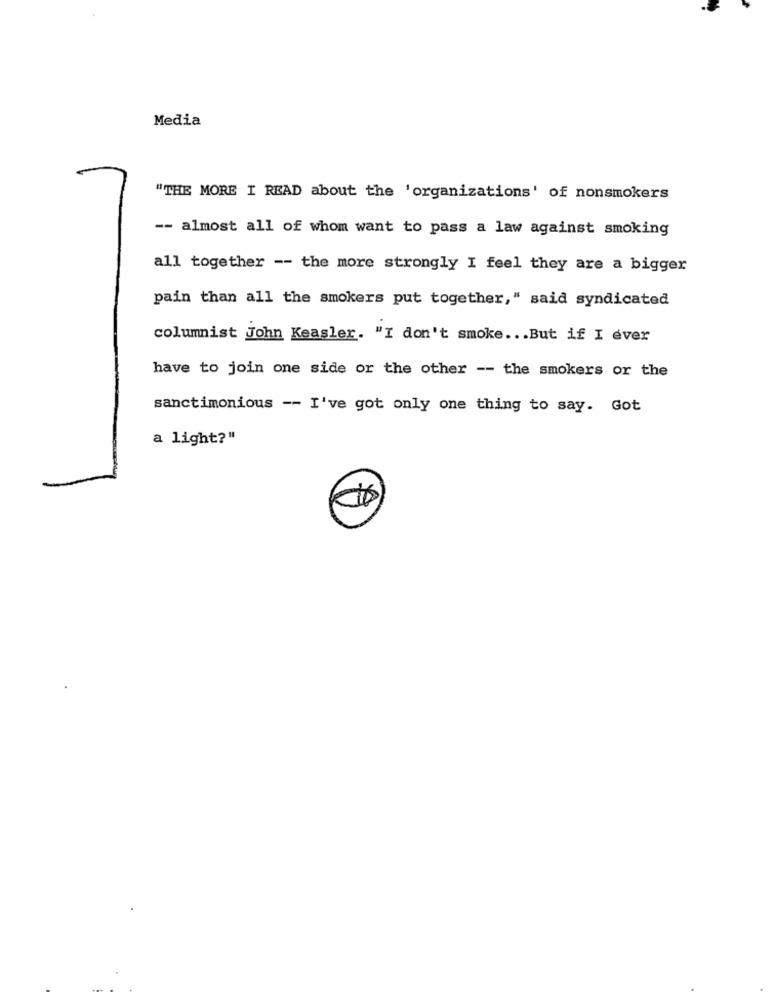
Media
"THE MORE I READ about the 'organizations' of nonsmokers
-- almost all of whom want to pass a law against smoking
all together -- the more strongly I feel they are a bigger
pain than all the smokers put together," said syndicated
columnist John Keasler. "I don't smoke ... But if I ever
have to join one side or the other -- the smokers or the
sanctimonious -- I've got only one thing to say. Got
a light?"
...